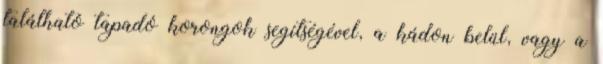
található tapadó korongok segítségével, a kádon belül, vagy a